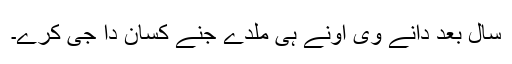
سال بعد دانے وی اونے ہی ملدے جِنے کِسان دا جی کرے۔